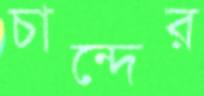
চান্দের